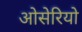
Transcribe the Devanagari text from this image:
ओसेरियो